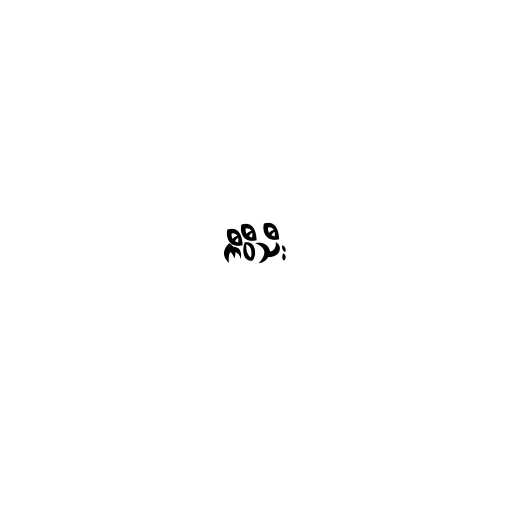
ကီဝီသီး